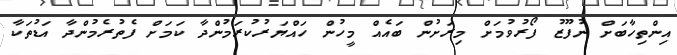
އިންތިހާބަށް ނުފޫޒު ފޯރުވުމަށް މިރަށުން ބައެއް މީހުން ހައްޔަރުކުރަމުންދާ ކަމަށް ފެތުރެމުންދާ އަޑުތަކާ